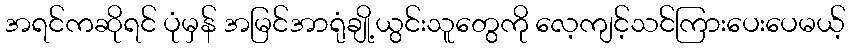
အရင်ကဆိုရင် ပုံမှန် အမြင်အာရုံချို့ယွင်းသူတွေကို လေ့ကျင့်သင်ကြားပေးပေမယ့်